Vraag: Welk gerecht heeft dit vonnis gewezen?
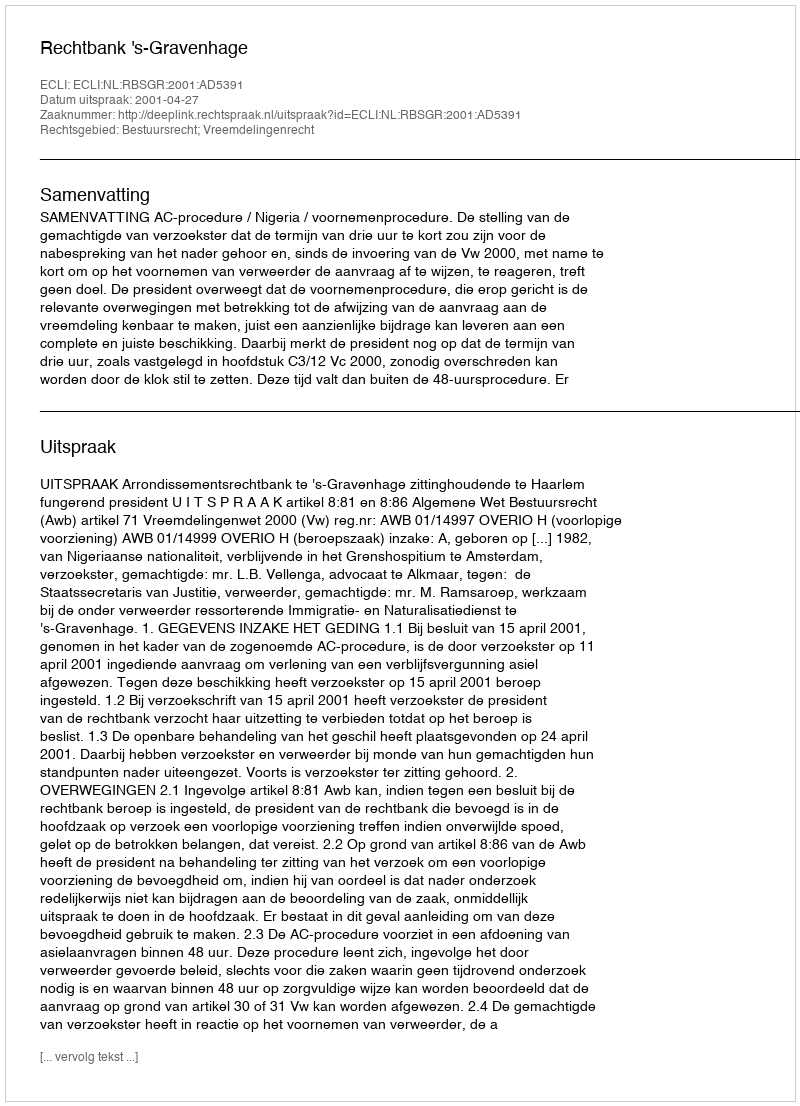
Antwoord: Rechtbank 's-Gravenhage